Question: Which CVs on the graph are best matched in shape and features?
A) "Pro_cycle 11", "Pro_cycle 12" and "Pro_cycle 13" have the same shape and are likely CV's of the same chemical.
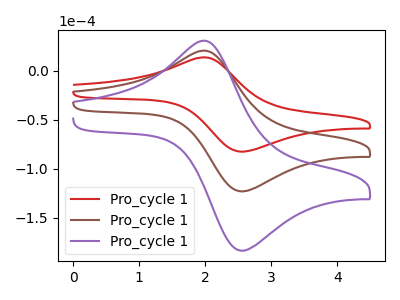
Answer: <think>The red curve "Pro_cycle 11" has an anodic peak at (2.00V, 13.85uA) and a cathodic peak at (2.55V, -82.50uA). The brown curve "Pro_cycle 12" has an anodic peak at (2.00V, 20.65uA) and a cathodic peak at (2.55V, -123.15uA). The purple curve "Pro_cycle 13" has an anodic peak at (2.00V, 41.35uA) and a cathodic peak at (2.55V, -246.30uA).
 All the peaks in "Pro_cycle 11" have a peak in "Pro_cycle 12" at the same potential. Every peak in "Pro_cycle 11" is lower than every peak in "Pro_cycle 12". All the peaks in "Pro_cycle 11" have a peak in "Pro_cycle 13" at the same potential. Every peak in "Pro_cycle 11" is lower than every peak in "Pro_cycle 13". All the peaks in "Pro_cycle 12" have a peak in "Pro_cycle 13" at the same potential. Every peak in "Pro_cycle 12" is lower than every peak in "Pro_cycle 13".</think>
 <answer>A) "Pro_cycle 11", "Pro_cycle 12" and "Pro_cycle 13" have the same shape and are likely CV's of the same chemical.</answer>
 <eval>A</eval>